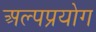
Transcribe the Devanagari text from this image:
अल्पप्रयोग